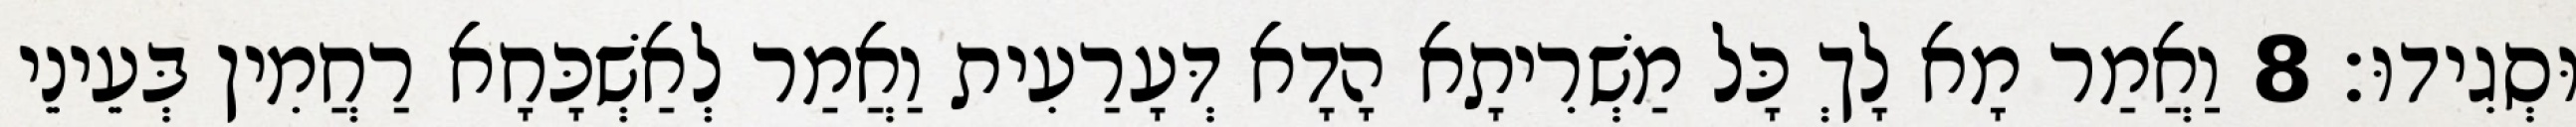
וּסְגִידוּ׃ 8 וַאֲמַר מָא לָךְ כָּל מַשְׁרִיתָא הָדָא דְּעָרַעִית וַאֲמַר לְאַשְׁכָּחָא רַחֲמִין בְּעֵינֵי